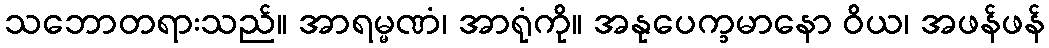
သဘောတရားသည်။ အာရမ္မဏံ၊ အာရုံကို။ အနုပေက္ခမာနော ဝိယ၊ အဖန်ဖန်